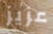
عزيز